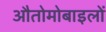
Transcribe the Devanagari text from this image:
औतोमोबाइलों